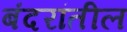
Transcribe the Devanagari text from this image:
बंदरांतील